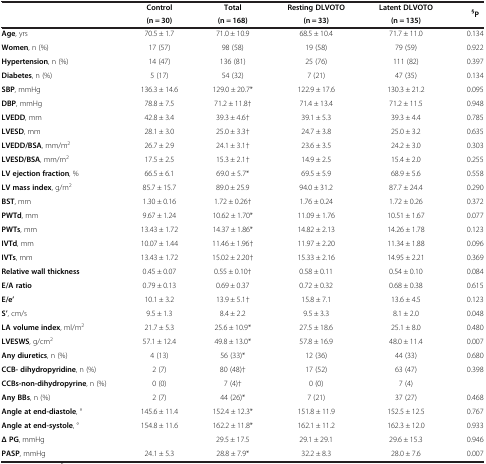
<table><thead><tr><td rowspan="2"><b> </b></td><td><b>Control</b></td><td><b>Total</b></td><td><b>Resting DLVOTO</b></td><td><b>Latent DLVOTO</b></td><td rowspan="2"><b><sup>§</sup>P</b></td></tr><tr><td><b>(n = 30)</b></td><td><b>(n = 168)</b></td><td><b>(n = 33)</b></td><td><b>(n = 135)</b></td></tr></thead><tbody><tr><td><b>Age</b>, yrs</td><td>70.5 ± 1.7</td><td>71.0 ± 10.9</td><td>68.5 ± 10.4</td><td>71.7 ± 11.0</td><td>0.134</td></tr><tr><td><b>Women</b>, n (%)</td><td>17 (57)</td><td>98 (58)</td><td>19 (58)</td><td>79 (59)</td><td>0.922</td></tr><tr><td><b>Hypertension</b>, n (%)</td><td>14 (47)</td><td>136 (81)</td><td>25 (76)</td><td>111 (82)</td><td>0.397</td></tr><tr><td><b>Diabetes</b>, n (%)</td><td>5 (17)</td><td>54 (32)</td><td>7 (21)</td><td>47 (35)</td><td>0.134</td></tr><tr><td><b>SBP</b>, mmHg</td><td>136.3 ± 14.6</td><td>129.0 ± 20.7*</td><td>122.9 ± 17.6</td><td>130.3 ± 21.2</td><td>0.095</td></tr><tr><td><b>DBP</b>, mmHg</td><td>78.8 ± 7.5</td><td>71.2 ± 11.8†</td><td>71.4 ± 13.4</td><td>71.2 ± 11.5</td><td>0.948</td></tr><tr><td><b>LVEDD</b>, mm</td><td>42.8 ± 3.4</td><td>39.3 ± 4.6†</td><td>39.1 ± 5.3</td><td>39.3 ± 4.4</td><td>0.785</td></tr><tr><td><b>LVESD</b>, mm</td><td>28.1 ± 3.0</td><td>25.0 ± 3.3†</td><td>24.7 ± 3.8</td><td>25.0 ± 3.2</td><td>0.635</td></tr><tr><td><b>LVEDD/BSA</b>, mm/m<sup>2</sup></td><td>26.7 ± 2.9</td><td>24.1 ± 3.1†</td><td>23.6 ± 3.5</td><td>24.2 ± 3.0</td><td>0.303</td></tr><tr><td><b>LVESD/BSA</b>, mm/m<sup>2</sup></td><td>17.5 ± 2.5</td><td>15.3 ± 2.1†</td><td>14.9 ± 2.5</td><td>15.4 ± 2.0</td><td>0.255</td></tr><tr><td><b>LV ejection fraction</b>, %</td><td>66.5 ± 6.1</td><td>69.0 ± 5.7*</td><td>69.5 ± 5.9</td><td>68.9 ± 5.6</td><td>0.558</td></tr><tr><td><b>LV mass index</b>, g/m<sup>2</sup></td><td>85.7 ± 15.7</td><td>89.0 ± 25.9</td><td>94.0 ± 31.2</td><td>87.7 ± 24.4</td><td>0.290</td></tr><tr><td><b>BST</b>, mm</td><td>1.30 ± 0.16</td><td>1.72 ± 0.26†</td><td>1.76 ± 0.24</td><td>1.72 ± 0.26</td><td>0.372</td></tr><tr><td><b>PWTd</b>, mm</td><td>9.67 ± 1.24</td><td>10.62 ± 1.70*</td><td>11.09 ± 1.76</td><td>10.51 ± 1.67</td><td>0.077</td></tr><tr><td><b>PWTs</b>, mm</td><td>13.43 ± 1.72</td><td>14.37 ± 1.86*</td><td>14.82 ± 2.13</td><td>14.26 ± 1.78</td><td>0.123</td></tr><tr><td><b>IVTd</b>, mm</td><td>10.07 ± 1.44</td><td>11.46 ± 1.96†</td><td>11.97 ± 2.20</td><td>11.34 ± 1.88</td><td>0.096</td></tr><tr><td><b>IVTs</b>, mm</td><td>13.43 ± 1.72</td><td>15.02 ± 2.20†</td><td>15.33 ± 2.16</td><td>14.95 ± 2.21</td><td>0.369</td></tr><tr><td><b>Relative wall thickness</b></td><td>0.45 ± 0.07</td><td>0.55 ± 0.10†</td><td>0.58 ± 0.11</td><td>0.54 ± 0.10</td><td>0.084</td></tr><tr><td><b>E/A ratio</b></td><td>0.79 ± 0.13</td><td>0.69 ± 0.37</td><td>0.72 ± 0.32</td><td>0.68 ± 0.38</td><td>0.615</td></tr><tr><td><b>E/e’</b></td><td>10.1 ± 3.2</td><td>13.9 ± 5.1†</td><td>15.8 ± 7.1</td><td>13.6 ± 4.5</td><td>0.123</td></tr><tr><td><b>S’</b>, cm/s</td><td>9.5 ± 1.3</td><td>8.4 ± 2.2</td><td>9.5 ± 3.3</td><td>8.1 ± 2.0</td><td>0.048</td></tr><tr><td><b>LA volume index</b>, ml/m<sup>2</sup></td><td>21.7 ± 5.3</td><td>25.6 ± 10.9*</td><td>27.5 ± 18.6</td><td>25.1 ± 8.0</td><td>0.480</td></tr><tr><td><b>LVESWS</b>, g/cm<sup>2</sup></td><td>57.1 ± 12.4</td><td>49.8 ± 13.0*</td><td>57.8 ± 16.9</td><td>48.0 ± 11.4</td><td>0.007</td></tr><tr><td><b>Any diuretics</b>, n (%)</td><td>4 (13)</td><td>56 (33)*</td><td>12 (36)</td><td>44 (33)</td><td>0.680</td></tr><tr><td><b>CCB- </b><b>dihydropyridine</b>, n (%)</td><td>2 (7)</td><td>80 (48)†</td><td>17 (52)</td><td>63 (47)</td><td>0.398</td></tr><tr><td><b>CCBs-non-dihydropyrine</b>, n (%)</td><td>0 (0)</td><td>7 (4)†</td><td>0 (0)</td><td>7 (4)</td><td> </td></tr><tr><td><b>Any BBs</b>, n (%)</td><td>2 (7)</td><td>44 (26)*</td><td>7 (21)</td><td>37 (27)</td><td>0.468</td></tr><tr><td><b>Angle at end-diastole</b>, °</td><td>145.6 ± 11.4</td><td>152.4 ± 12.3*</td><td>151.8 ± 11.9</td><td>152.5 ± 12.5</td><td>0.767</td></tr><tr><td><b>Angle at end-systole</b>, °</td><td>154.8 ± 11.6</td><td>162.2 ± 11.8*</td><td>162.1 ± 11.2</td><td>162.3 ± 12.0</td><td>0.933</td></tr><tr><td><b>Δ PG</b>, mmHg</td><td> </td><td>29.5 ± 17.5</td><td>29.1 ± 29.1</td><td>29.6 ± 15.3</td><td>0.946</td></tr><tr><td><b>PASP</b>, mmHg</td><td>24.1 ± 5.3</td><td>28.8 ± 7.9*</td><td>32.2 ± 8.3</td><td>28.0 ± 7.6</td><td>0.007</td></tr></tbody></table>